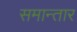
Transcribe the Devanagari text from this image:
समान्तार